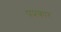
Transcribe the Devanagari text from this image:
पप्रकार